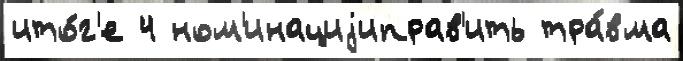
ито́г'е 4 ном'инациjиправ'ить тра́вма